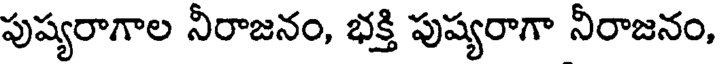
పుష్యరాగాల నీరాజనం, భక్తి పుష్యరాగా నీరాజనం,